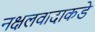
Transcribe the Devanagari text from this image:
नक्षलवादाकडे